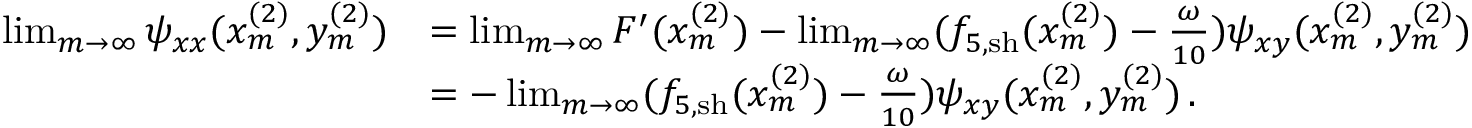
\begin{array} { r l } { \operatorname* { l i m } _ { m \rightarrow \infty } \psi _ { x x } ( x _ { m } ^ { ( 2 ) } , y _ { m } ^ { ( 2 ) } ) } & { = \operatorname* { l i m } _ { m \rightarrow \infty } F ^ { \prime } ( x _ { m } ^ { ( 2 ) } ) - \operatorname* { l i m } _ { m \rightarrow \infty } ( f _ { 5 , \mathrm { s h } } ( x _ { m } ^ { ( 2 ) } ) - \frac { \omega } { 1 0 } ) \psi _ { x y } ( x _ { m } ^ { ( 2 ) } , y _ { m } ^ { ( 2 ) } ) } \\ & { = - \operatorname* { l i m } _ { m \rightarrow \infty } ( f _ { 5 , \mathrm { s h } } ( x _ { m } ^ { ( 2 ) } ) - \frac { \omega } { 1 0 } ) \psi _ { x y } ( x _ { m } ^ { ( 2 ) } , y _ { m } ^ { ( 2 ) } ) \, . } \end{array}